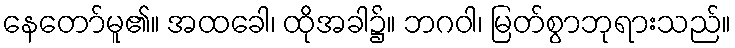
နေတော်မူ၏။ အထခေါ၊ ထိုအခါ၌။ ဘဂဝါ၊ မြတ်စွာဘုရားသည်။